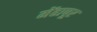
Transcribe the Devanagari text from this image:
मेंढापूर